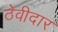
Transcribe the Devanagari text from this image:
ठेवीदार